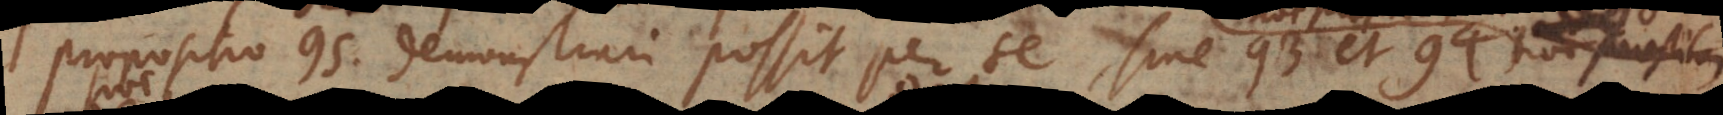
propositio 95 demonstrari possit per se, sine 93 et 94. Hoc praestitum